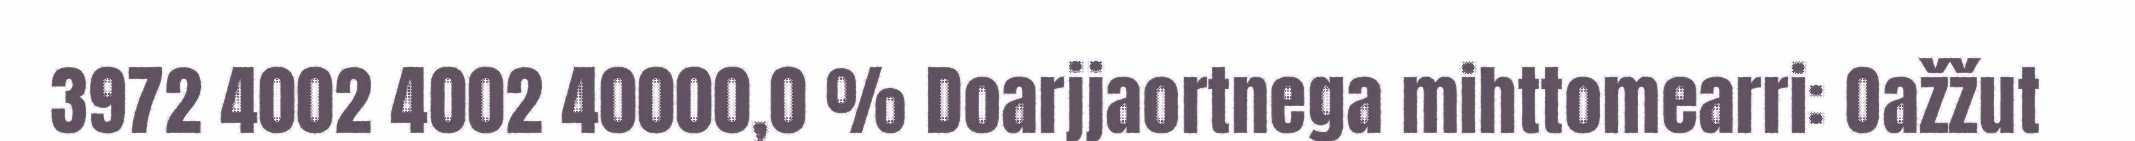
3972 4002 4002 40000,0 % Doarjjaortnega mihttomearri: Oažžut